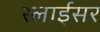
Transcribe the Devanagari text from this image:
स्‍लाईसर